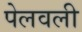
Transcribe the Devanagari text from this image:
पेलवली